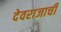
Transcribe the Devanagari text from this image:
देवराजाची